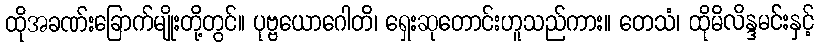
ထိုအခဏ်းခြောက်မျိုးတို့တွင်။ ပုဗ္ဗယောဂေါတိ၊ ရှေးဆုတောင်းဟူသည်ကား။ တေသံ၊ ထိုမိလိန္ဒမင်းနှင့်